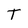
Character: T